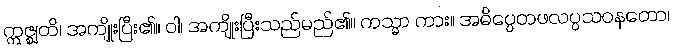
ဣဇ္ဈတိ၊ အကျိုးပြီး၏။ ဝါ၊ အကျိုးပြီးသည်မည်၏။ ကသ္မာ ကား။ အဓိပ္ပေတဖလပ္ပသဝနတော၊